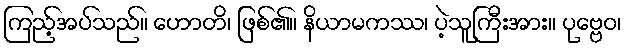
ကြည့်အပ်သည်။ ဟောတိ၊ ဖြစ်၏။ နိယာမကဿ၊ ပဲ့သူကြီးအား။ ပုဗ္ဗေဝ၊